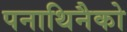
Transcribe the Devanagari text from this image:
पनाथिनैको